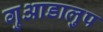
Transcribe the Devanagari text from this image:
गुआडालुप